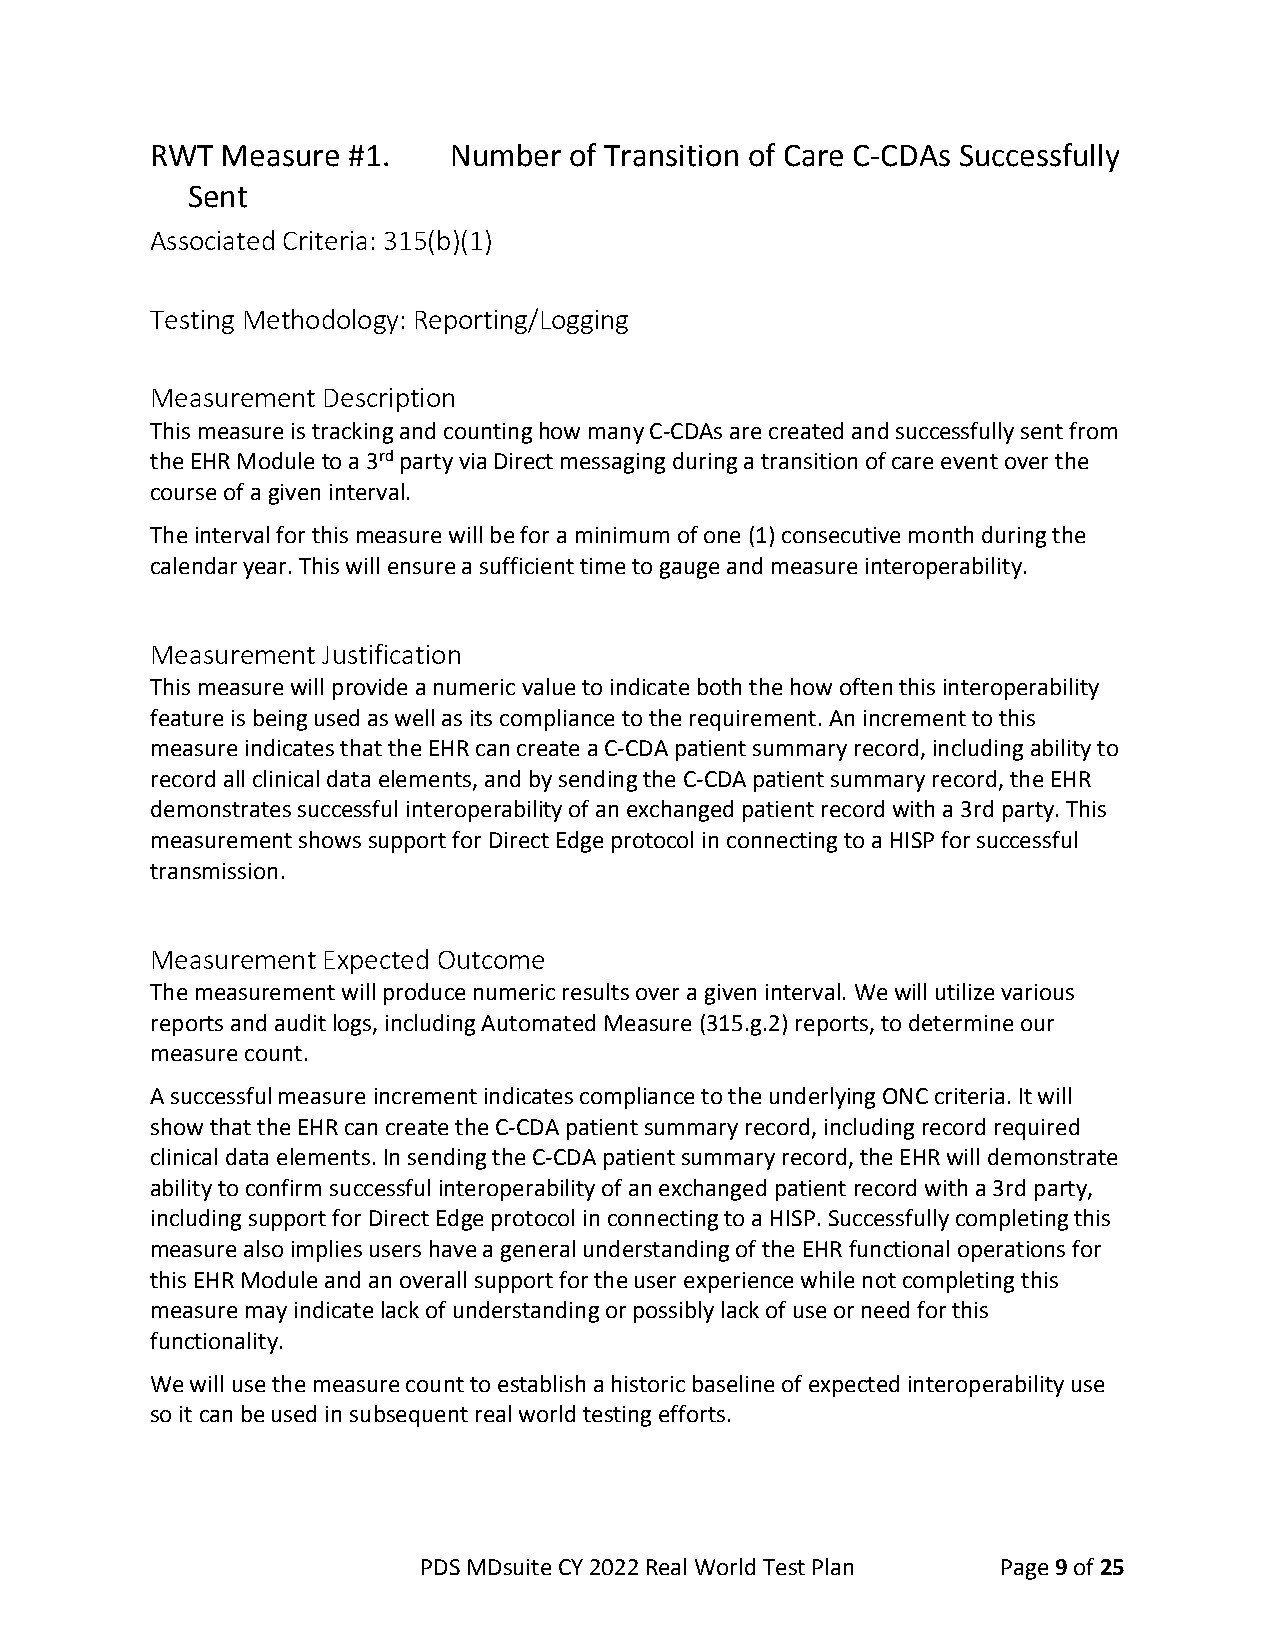
RWT  Measure #1.    Number  of Transition of Care C-CDAs Successfully
 Sent
 Associated Criteria: 315(b)(1)
 Testing Methodology: Reporting/Logging
 Measurement Description
 This measure is tracking and counting how many C-CDAs are created and successfully sent from
 the EHR Module to a 3rd party via Direct messaging during a transition of care event over the
 course of a given interval.
 The interval for this measure will be for a minimum of one (1) consecutive month during the
 calendar year. This will ensure a sufficient time to gauge and measure interoperability.
 Measurement Justification
 This measure will provide a numeric value to indicate both the how often this interoperability
 feature is being used as well as its compliance to the requirement. An increment to this
 measure indicates that the EHR can create a C-CDA patient summary record, including ability to
 record all clinical data elements, and by sending the C-CDA patient summary record, the EHR
 demonstrates successful interoperability of an exchanged patient record with a 3rd party. This
 measurement shows support for Direct Edge protocol in connecting to a HISP for successful
 transmission.
 Measurement Expected Outcome
 The measurement will produce numeric results over a given interval. We will utilize various
 reports and audit logs, including Automated Measure (315.g.2) reports, to determine our
 measure count.
 A successful measure increment indicates compliance to the underlying ONC criteria. It will
 show that the EHR can create the C-CDA patient summary record, including record required
 clinical data elements. In sending the C-CDA patient summary record, the EHR will demonstrate
 ability to confirm successful interoperability of an exchanged patient record with a 3rd party,
 including support for Direct Edge protocol in connecting to a HISP. Successfully completing this
 measure also implies users have a general understanding of the EHR functional operations for
 this EHR Module and an overall support for the user experience while not completing this
 measure may indicate lack of understanding or possibly lack of use or need for this
 functionality.
 We will use the measure count to establish a historic baseline of expected interoperability use
 so it can be used in subsequent real world testing efforts.
 PDS MDsuite CY 2022 Real World Test Plan Page 9 of 25